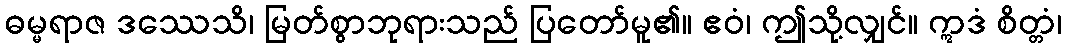
ဓမ္မရာဇ ဒဿေသိ၊ မြတ်စွာဘုရားသည် ပြတော်မူ၏။ ဧဝံ၊ ဤသို့လျှင်။ ဣဒံ စိတ္တံ၊